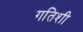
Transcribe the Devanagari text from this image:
गतिशी